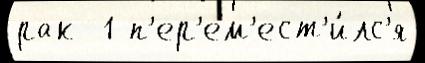
рак  1 п'ер'ем'ест'и́лс'я